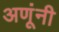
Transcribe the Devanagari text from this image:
अणूंनी